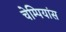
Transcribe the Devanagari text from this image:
चेम्पियांस